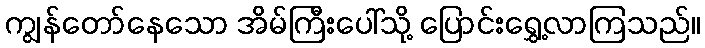
ကျွန်တော်နေသော အိမ်ကြီးပေါ်သို့ ပြောင်းရွှေ့လာကြသည်။